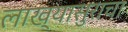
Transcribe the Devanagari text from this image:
लाख्यासुराचा